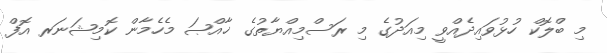
މި ބްލޮކް ހުޅުވައިދެއްވީ މިއަދުގެ މި ރަސްމިއްޔާތުގެ ޚާއްޞަ މެހެމާން ކޮމިޝަނަރ އޮފް